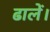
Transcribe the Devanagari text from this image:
ढालें।